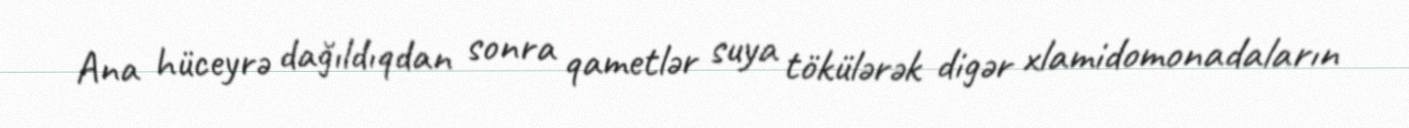
Ana hüceyrə dağıldıqdan sonra qametlər suya tökülərək digər xlamidomonadaların